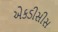
એકડીસીસ